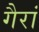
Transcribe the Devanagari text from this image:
गैरां